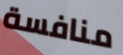
منافسة